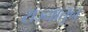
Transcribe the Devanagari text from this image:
राज्यातुन